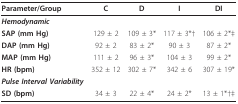
<table><thead><tr><td><b>Parameter/Group</b></td><td><b>C</b></td><td><b>D</b></td><td><b>I</b></td><td><b>DI</b></td></tr></thead><tbody><tr><td><b><i>Hemodynamic</i></b></td><td></td><td></td><td></td><td></td></tr><tr><td><b>SAP (mm Hg)</b></td><td>129 ± 2</td><td>109 ± 3*</td><td>117 ± 3*†</td><td>106 ± 2*‡</td></tr><tr><td><b>DAP (mm Hg)</b></td><td>92 ± 2</td><td>83 ± 2*</td><td>90 ± 3</td><td>87 ± 2*</td></tr><tr><td><b>MAP (mm Hg)</b></td><td>111 ± 2</td><td>96 ± 3*</td><td>104 ± 3</td><td>99 ± 2*</td></tr><tr><td><b>HR (bpm)</b></td><td>352 ± 12</td><td>302 ± 7*</td><td>342 ± 6</td><td>307 ± 19*</td></tr><tr><td><b><i>Pulse Interval Variability</i></b></td><td></td><td></td><td></td><td></td></tr><tr><td><b>SD (bpm)</b></td><td>34 ± 3</td><td>22 ± 4*</td><td>24 ± 2*</td><td>13 ± 1*†‡</td></tr></tbody></table>